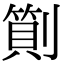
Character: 𠟬